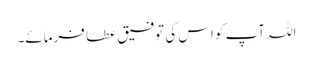
اللہ آپ کو اس کی توفیق عطا فرمائے۔